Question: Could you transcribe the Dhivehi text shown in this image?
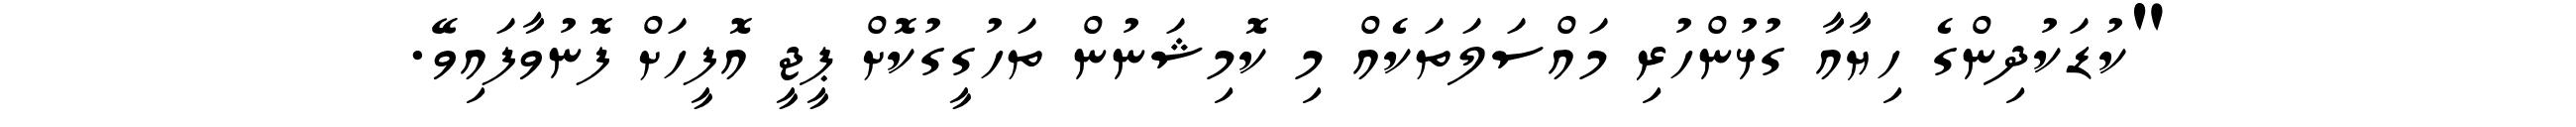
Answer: "ކުޑަކުދިންގެ ހިޔާއާ ގުޅުންހުރި މައްސަލަތަކެއް މި ކޮމިޝަނުން ތަހުގީގުކޮށް ޕީޖީ އޮފީހަށް ފޮނުވާފައިވޭ.